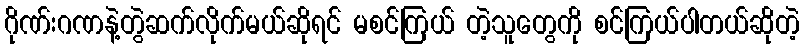
ဂိုဏ်းဂဏနဲ့တွဲဆက်လိုက်မယ်ဆိုရင် မစင်ကြယ် တဲ့သူတွေကို စင်ကြယ်ပါတယ်ဆိုတဲ့